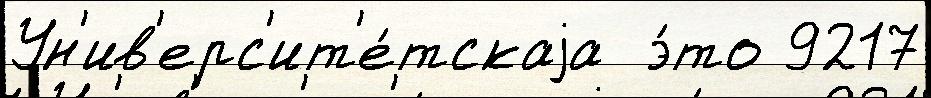
Ун'ив'ерс'ит'е́тскаjа  э́то 9217